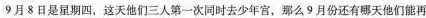
9月8日是星期四，这天他们三人第一次同时去少年宫，那么9月份还有哪天他们能再